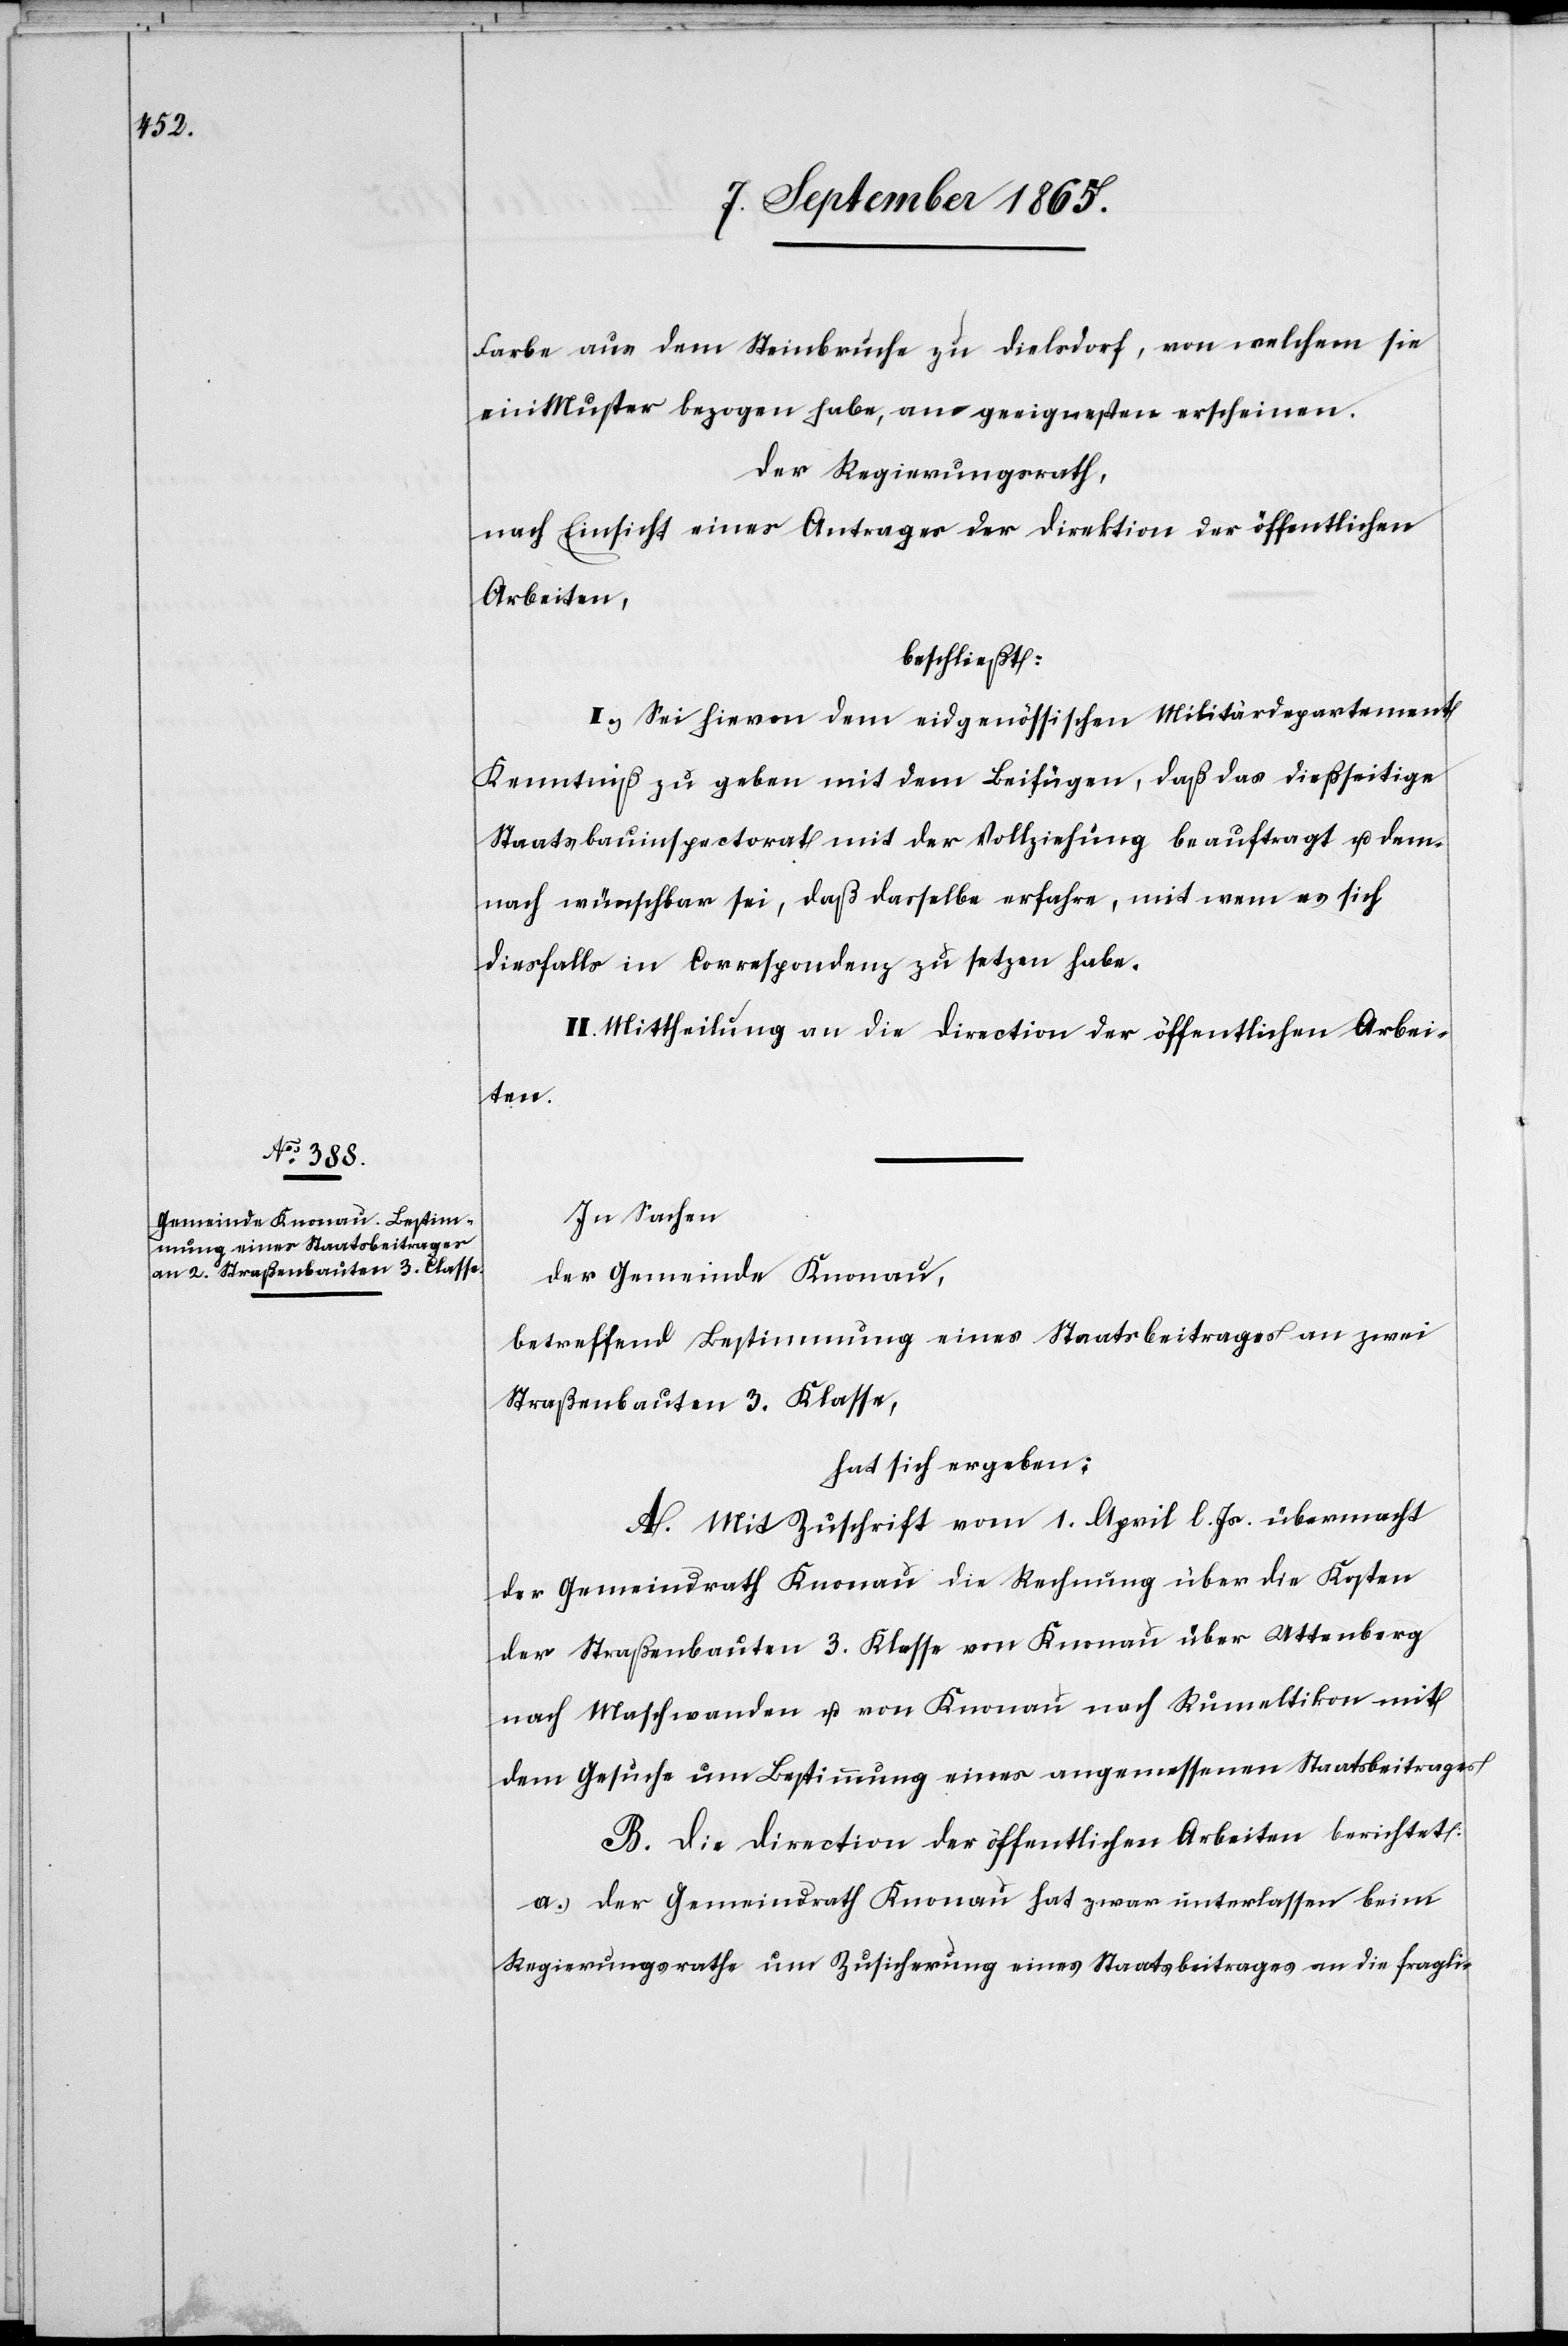
Farbe aus dem Steinbruche zu Dielsdorf, von welchem sie
ein Muster bezogen habe, am geeignesten erscheinen.
Der Regierungsrath,
nach Einsicht eines Antrages der Direktion der öffentlichen
Arbeiten,
beschließt:
I. Sei hievon dem eidgenössischen Militärdepartement
Kenntniß zu geben mit dem Beifügen, daß das dießseitige
Staatsbauinspectorat mit der Vollziehung beauftragt u. dem¬
nach wünschbar sei, daß dasselbe erfahre, mit wem es sich
diesfalls in Correspondenz zu setzen habe.
II. Mittheilung an die Direction der öffentlichen Arbei¬
ten.
In Sachen
der Gemeinde Knonau,
betreffend Bestimmung eines Staatsbeitrages an zwei
Straßenbauten 3. Klasse,
hat sich ergeben:
A. Mit Zuschrift vom 1. April l. Js. übermacht
der Gemeindrath Knonau die Rechnung über die Kosten
der Straßenbauten 3. Klasse von Knonau über Attenberg
nach Maschwanden u. von Knonau nach Rumeltikon mit
dem Gesuche um Bestimmung eines angemessenen Staatsbeitrages.
B. Die Direction der öffentlichen Arbeiten berichtet:
a.) Der Gemeindrath Knonau hat zwar unterlassen beim
Regierungsrathe um Zusicherung eines Staatsbeitrages an die fragli-